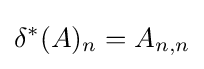
\delta ^{*}(A)_{n}=A_{n,n}